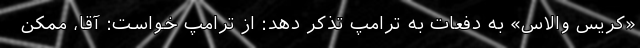
«کریس والاس» به دفعات به ترامپ تذکر دهد: از ترامپ خواست: آقا، ممکن